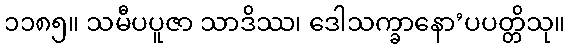
၁၁၈၅။ သမီပပူဇာ သာဒိဿ၊ ဒေါသက္ခာနော’ပပတ္တိသု။